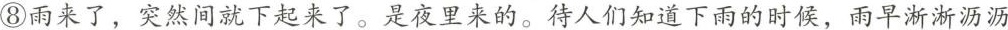
⑧雨来了，突然间就下起来了。是夜里来的。待人们知道下雨的时候，雨旱淅淅沥沥